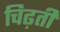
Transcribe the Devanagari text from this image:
चिढ़ती